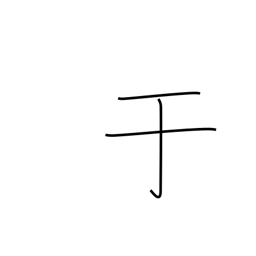
Meaning: from